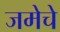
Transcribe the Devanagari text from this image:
जमेचे